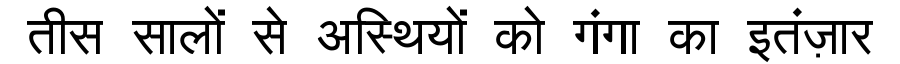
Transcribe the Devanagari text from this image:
तीस सालों से अस्थियों को गंगा का इतंज़ार